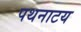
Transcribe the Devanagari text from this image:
पथनाटय